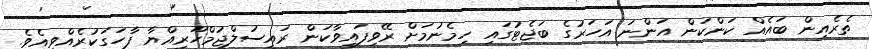
ތެރެއިން ބައެއް ކަންކަން އަންނަ އަހަރުގެ ބަޖެޓުގައި ހިމެނުމަށް ރޭވިފައިވާކަން ރައީސުލްޖުމްހޫރިއްޔާ ފާހަގަކުރެއްވިއެވެ.